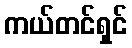
ကယ်တင်ရှင်